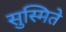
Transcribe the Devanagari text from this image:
सुस्मिते